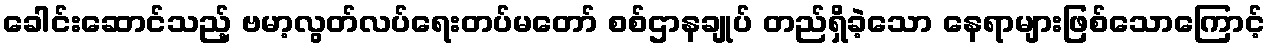
ခေါင်းဆောင်သည့် ဗမာ့လွတ်လပ်ရေးတပ်မတော် စစ်ဌာနချုပ် တည်ရှိခဲ့သော နေရာများဖြစ်သောကြောင့်